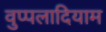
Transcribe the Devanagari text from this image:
वुप्पलादियाम